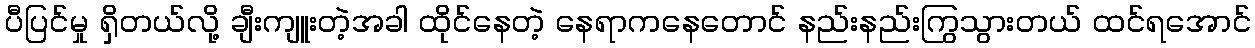
ပီပြင်မှု ရှိတယ်လို့ ချီးကျူးတဲ့အခါ ထိုင်နေတဲ့ နေရာကနေတောင် နည်းနည်းကြွသွားတယ် ထင်ရအောင်